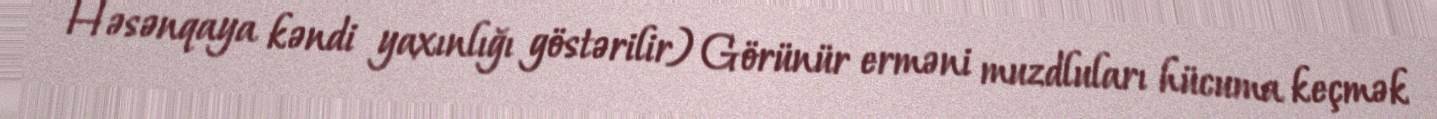
Həsənqaya kəndi yaxınlığı göstərilir) Görünür erməni muzdluları hücuma keçmək